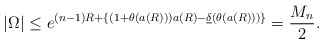
\begin{align*}|\Omega| \le e^{(n-1) R + \left\{ (1+\theta(a(R ))) a(R ) - \underline{\delta}(\theta(a(R ))) \right\}} = \frac{M_n}{2}.\end{align*}